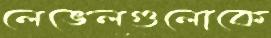
লেভেলগুলোকে